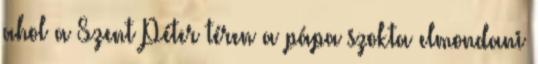
ahol a Szent Péter téren a pápa szokta elmondani